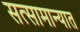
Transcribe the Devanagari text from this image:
सत्सामान्यात